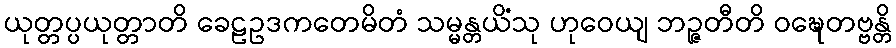
ယုတ္တပ္ပယုတ္တာတိ ခေဠဥဒကတေမိတံ သမ္မန္တယိံသု ဟုဝေယျ ဘဉ္ဇတီတိ ဝဍ္ဎေတဗ္ဗန္တိ